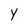
Character: y